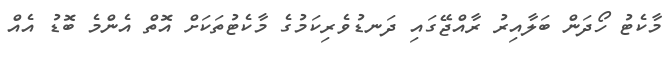
މާކެޓު ހޯދަން ބަލާއިރު ރާއްޖޭގައި ދަނޑުވެރިކަމުގެ މާކެޓުތަކަށް އޮތް އެންމެ ބޮޑު އެއް